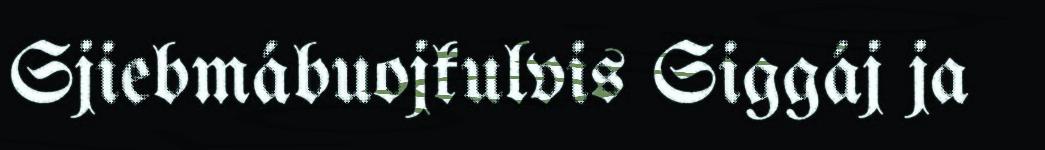
Sjiebmábuojkulvis Siggáj ja